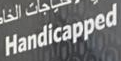
Handicapped